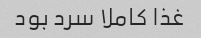
غذا‌ کاملا سرد بود